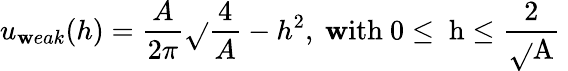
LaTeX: u_{\mathbf{w}eak}(h)=\frac{{A}}{{2\pi}}\sqrt{}{{\frac{{4}}{{A}}-h^{2}}}\mathrm{{,~\mathbf{w}ith~0\leq~h\leq\frac{{2}}{{\sqrt{}{{A}}}}~}}